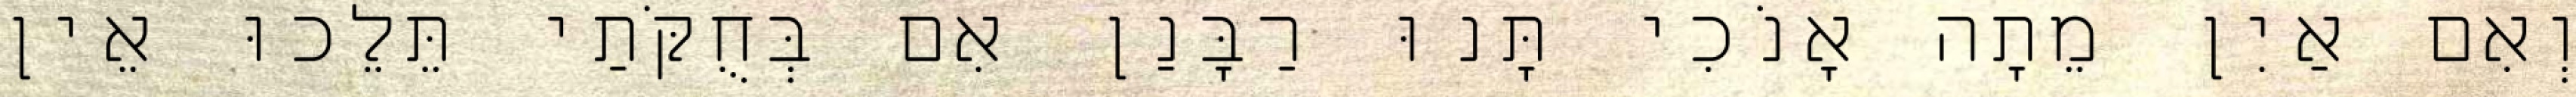
וְאִם אַיִן מֵתָה אָנֹכִי תָּנוּ רַבָּנַן אִם בְּחֻקֹּתַי תֵּלֵכוּ אֵין